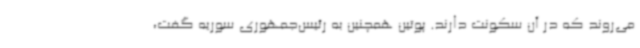
می‌روند که در آن سکونت دارند. پوتین همچنین به رئیس‌جمهوری سوریه گفت،